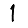
Digit: 1